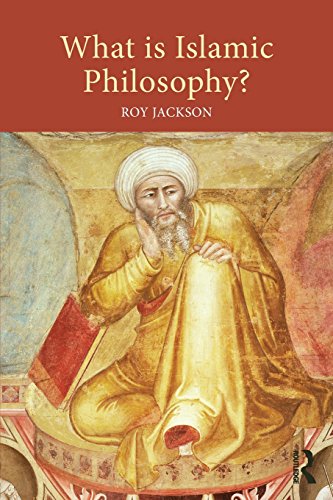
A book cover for What is Islamic Philosophy?; Roy Jackson; Religion & Spirituality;